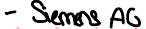
- Siemens AG